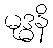
မုဒ္ဓနိ